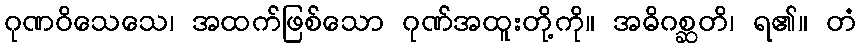
ဂုဏဝိသေသေ၊ အထက်ဖြစ်သော ဂုဏ်အထူးတို့ကို။ အဓိဂစ္ဆတိ၊ ရ၏။ တံ